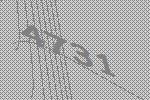
4731